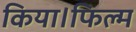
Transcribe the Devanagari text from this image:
किया।फिल्म